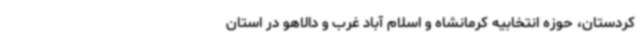
کردستان، حوزه انتخابیه کرمانشاه و اسلام آباد غرب و دالاهو در استان